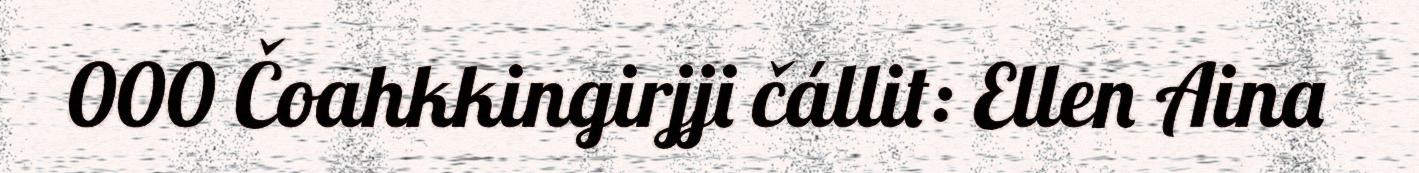
000 Čoahkkingirjji čállit: Ellen Aina